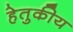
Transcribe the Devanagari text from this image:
हेतुकीय